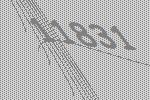
11831